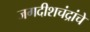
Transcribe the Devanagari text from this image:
जगदीशचंद्रांचे